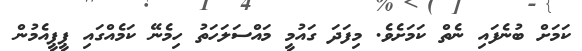
ކަމަށް ބުނެފައި ނެތް ކަމަށެވެ. މިފަދަ ގައުމީ މައްސަލަހަތު ހިމެނޭ ކަމެއްގައި ޕީޕީއެމުން